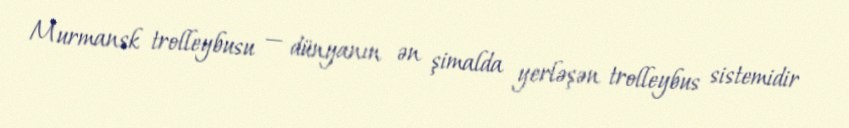
Murmansk trolleybusu — dünyanın ən şimalda yerləşən trolleybus sistemidir